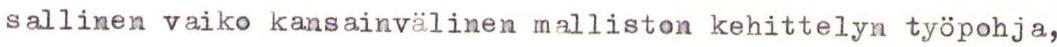
sallinen vaiko kansainvälinen malliston kehittelyn työpohja,